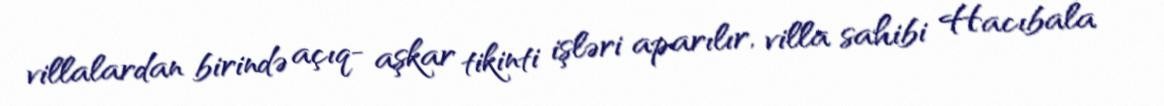
villalardan birində açıq- aşkar tikinti işləri aparılır, villa sahibi Hacıbala